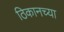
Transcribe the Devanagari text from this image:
ठिकानच्या